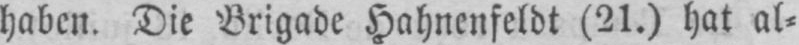
haben. Die Brigade Hahnenfeldt (21.) hat al⸗